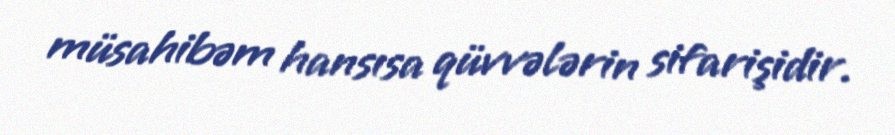
müsahibəm hansısa qüvvələrin sifarişidir.